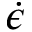
\dot { \epsilon }